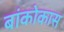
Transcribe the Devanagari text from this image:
बांकोकास